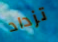
تزداد